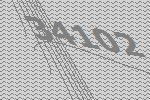
34102